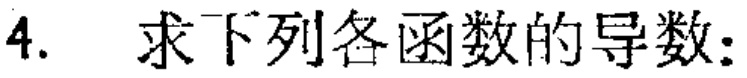
4. 求下列各函数的导数：